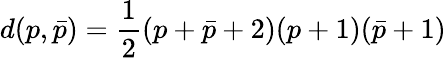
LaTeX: d(p,\bar{p})={\frac{1}{2}}(p+\bar{p}+2)(p+1)(\bar{p}+1)